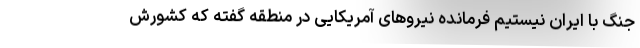
جنگ با ایران نیستیم فرمانده نیروهای آمریکایی در منطقه گفته که کشورش